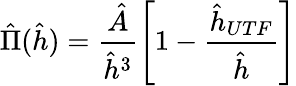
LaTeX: \hat{\Pi}(\hat{h})=\frac{\hat{A}}{\hat{h}^{3}}\left[1-\frac{\hat{h}_{UTF}}{\hat{h}}\right]